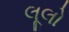
લૂલો